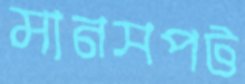
মানসপট